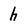
Character: h